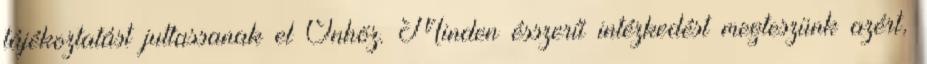
tájékoztatást juttassanak el Önhöz. Minden ésszerű intézkedést megteszünk azért,